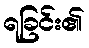
ရခြင်း၏